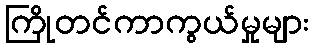
ကြိုတင်ကာကွယ်မှုများ